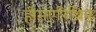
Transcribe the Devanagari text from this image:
हीमएरिथ्रिन